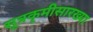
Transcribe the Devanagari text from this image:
सूत्रकृमीसारख्या